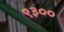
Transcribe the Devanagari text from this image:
९३००